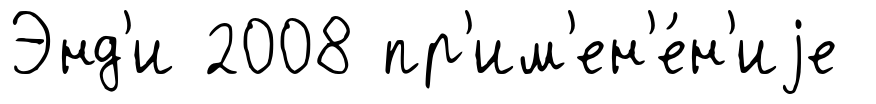
Энд'и 2008 пр'им'ен'е́н'иjе